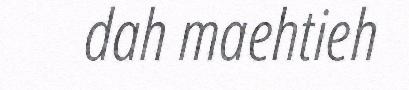
dah maehtieh